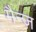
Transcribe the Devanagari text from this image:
मैन्ज़